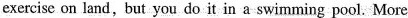
exercise on land,but you do it in a swimming pool. More